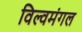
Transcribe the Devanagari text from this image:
विल्वमंगल